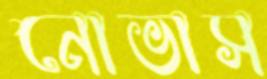
নোভাস